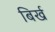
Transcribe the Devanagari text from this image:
बिर्ख